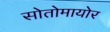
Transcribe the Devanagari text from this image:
सोतोमायोर